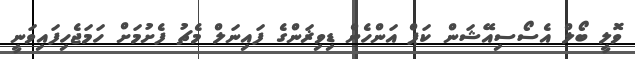
ވޮލީ ބޯލް އެސޯސިއޭޝަން ކަޕް އަންހެން ޑިވިޜަންގެ ފައިނަލް މެޗު ފެށުމަށް ހަމަޖެހިފައިވަނީ